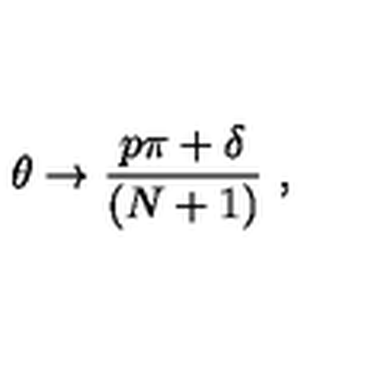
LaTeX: \theta \rightarrow { \frac { p \pi + \delta } { ( N + 1 ) } } \ ,